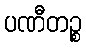
ပဏီတဉ္စ